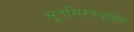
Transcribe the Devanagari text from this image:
सूतगिरण्यांसह